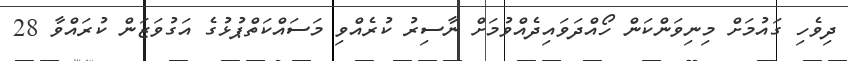
ދިވެހި ގައުމަށް މިނިވަންކަން ހޯއްދަވައިދެއްވުމަށް ނާސިރު ކުރެއްވި މަސައްކަތްޕުޅުގެ އަގުވަޒަން ކުރައްވާ 28